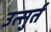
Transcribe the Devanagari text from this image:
उत्सुर्त